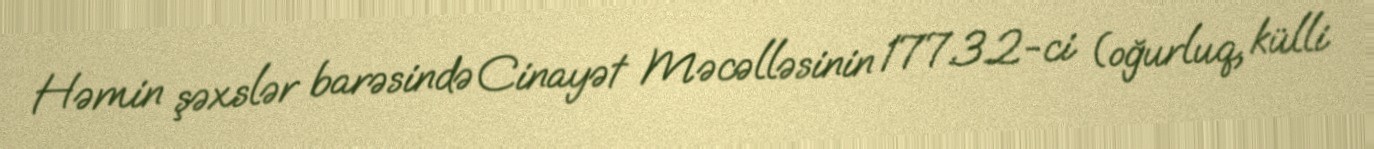
Həmin şəxslər barəsində Cinayət Məcəlləsinin 177.3.2-ci (oğurluq, külli